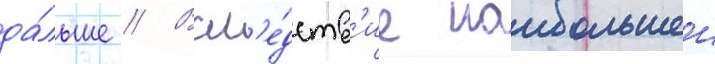
да́льше // Всл'е́дств'ие наибольшеи